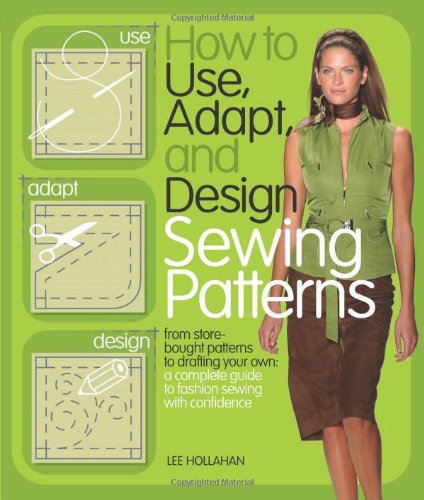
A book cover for How to Use, Adapt, and Design Sewing Patterns: From store-bought patterns to drafting your own: a complete guide to fashion sewing with confidence; Lee Hollahan; Crafts, Hobbies & Home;